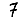
Digit: 7